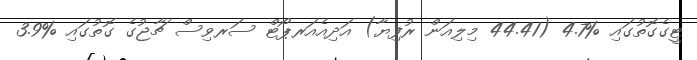
ޓީގެގޮތުގައި %4.7 (44.41 މިލިއަން ރުފިޔާ) އަދިއެއަރޕޯޓް ސަރވިސް ޗާޖުގެ ގޮތުގައި %3.9